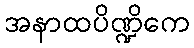
အနာထပိဏ္ဍိကေ